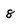
Character: 8